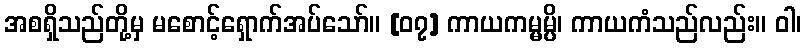
အစရှိသည်တို့မှ မစောင့်ရှောက်အပ်သော်။ [၀၇] ကာယကမ္မမ္ပိ၊ ကာယကံသည်လည်း။ ဝါ၊